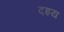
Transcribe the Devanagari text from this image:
दइय